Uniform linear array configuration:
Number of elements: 24
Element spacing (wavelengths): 0.75
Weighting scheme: binomial
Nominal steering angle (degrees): -15
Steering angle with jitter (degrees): -14.047
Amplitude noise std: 0.05
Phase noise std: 0.05

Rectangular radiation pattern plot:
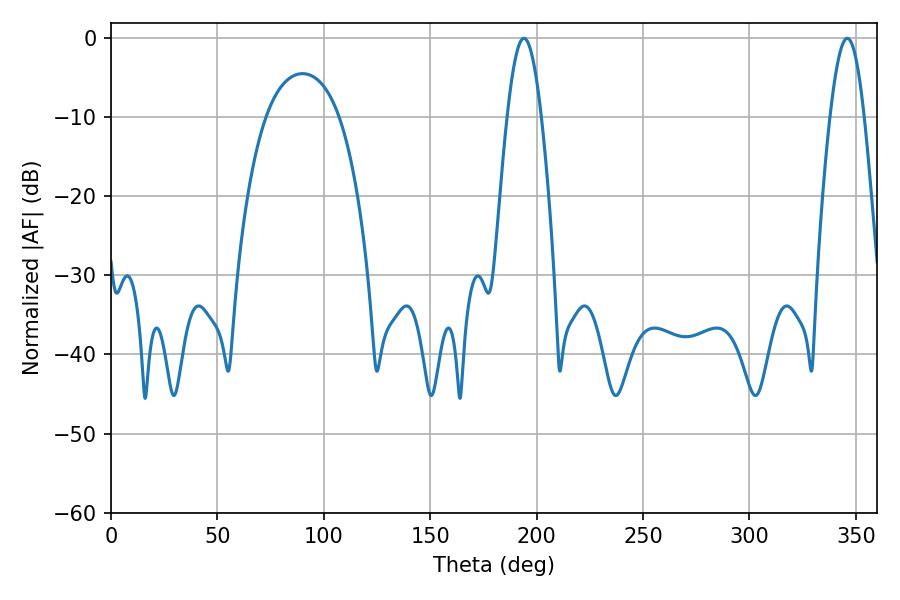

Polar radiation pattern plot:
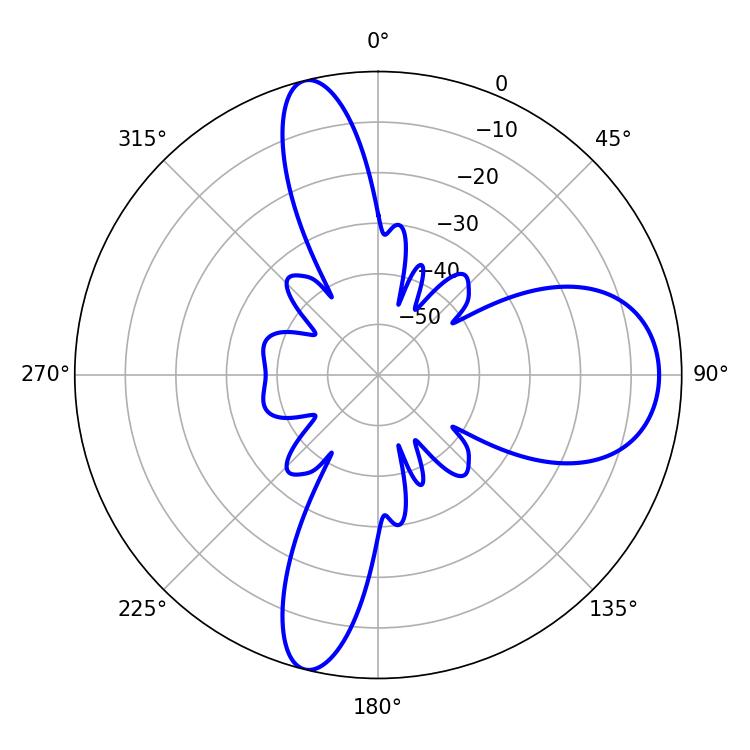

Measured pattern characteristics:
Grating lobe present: TRUE
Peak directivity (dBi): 13.668
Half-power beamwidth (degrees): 8.64
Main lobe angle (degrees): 194.04